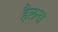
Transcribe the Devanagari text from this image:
हैलना